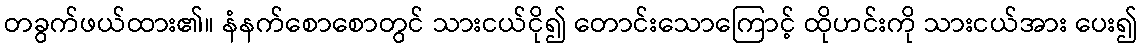
တခွက်ဖယ်ထား၏။ နံနက်စောစောတွင် သားငယ်ငို၍ တောင်းသောကြောင့် ထိုဟင်းကို သားငယ်အား ပေး၍